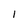
Character: 1